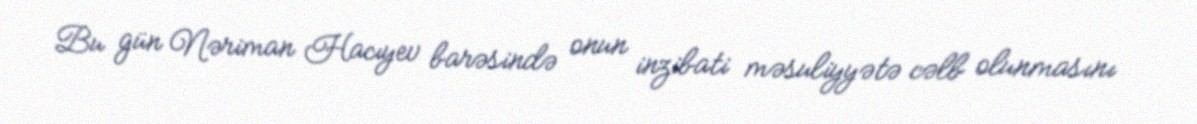
Bu gün Nəriman Hacıyev barəsində onun inzibati məsuliyyətə cəlb olunmasını